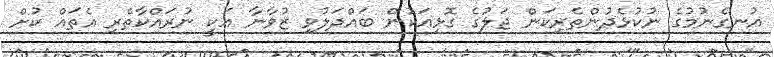
އުނގެނުމުގެ ނުކުޅެދުންތެރިކަން ޖަލުގެ ގޮޅިއަކުން ބައްދަލުވި ޒުވާނާ އަކީ ނުރައްކާތެރި އެތައް ކުށް